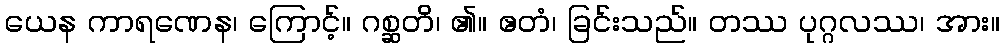
ယေန ကာရဏေန၊ ကြောင့်။ ဂစ္ဆတိ၊ ၏။ ဧတံ၊ ခြင်းသည်။ တဿ ပုဂ္ဂလဿ၊ အား။